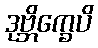
ဒုဗ္ဘိက္ခေပိ